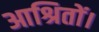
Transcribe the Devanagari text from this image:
आश्रितों।